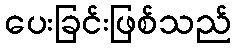
ပေးခြင်းဖြစ်သည်